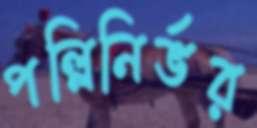
পল্লিনির্ভর